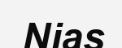
Nias